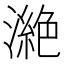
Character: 𣾵